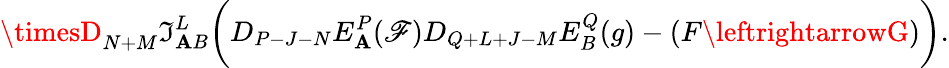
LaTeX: \timesD_{N+M}\mathfrak{I}_{\mathbf{A}B}^{L}\biggl(D_{P-J-N}E_{\mathbf{A}}^{P}(\mathscr{F})D_{Q+L+J-M}E_{B}^{Q}(g)-(F\leftrightarrowG)\biggr).